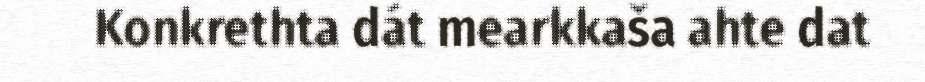
Konkrethta dát mearkkaša ahte dat